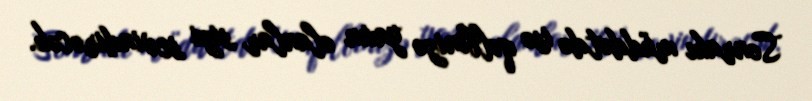
Sonrakı müddətdə isə qəlbinizə yaxın olanlar sizi sevindirəcək.